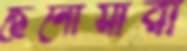
ছেনোয়ারা